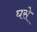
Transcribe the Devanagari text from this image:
घसे